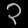
Digit: ၃